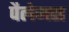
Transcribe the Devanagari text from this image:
पैलेमस